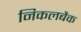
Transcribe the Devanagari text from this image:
निकलबैक